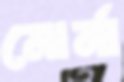
মোর্না